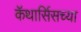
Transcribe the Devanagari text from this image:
कॅथार्सिसच्या